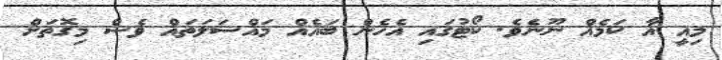
މިއީ އާ ކަމެއް ނޫނެވެ. ކޯޓުގައި އެހެން ބައެއް މައްސަލަތައް ވެސް މިގޮތަށް